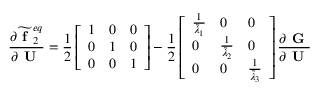
\frac { \partial \widetilde { \textbf { f } } _ { 2 } ^ { e q } } { \partial \textbf { U } } = \frac { 1 } { 2 } \left[ \begin{array} { l l l } { 1 } & { 0 } & { 0 } \\ { 0 } & { 1 } & { 0 } \\ { 0 } & { 0 } & { 1 } \end{array} \right] - \frac { 1 } { 2 } \left[ \begin{array} { l l l } { \frac { 1 } { \widetilde { \lambda } _ { 1 } } } & { 0 } & { 0 } \\ { 0 } & { \frac { 1 } { \widetilde { \lambda } _ { 2 } } } & { 0 } \\ { 0 } & { 0 } & { \frac { 1 } { \widetilde { \lambda } _ { 3 } } } \end{array} \right] \frac { \partial \textbf { G } } { \partial \textbf { U } }